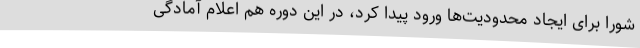
شورا برای ایجاد محدودیت‌ها ورود پیدا کرد، در این دوره هم اعلام آمادگی